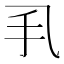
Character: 𢩦